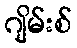
ဂျိမ်းစ်